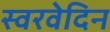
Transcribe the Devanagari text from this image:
स्वरवेदिन